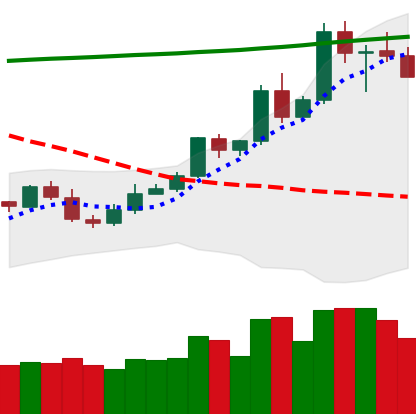
Ticker: ETC-USD
Chart end date: 2020-05-06
Forward return: -13.104%
Label: down_7plus